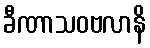
ခီဏာသဝဗလာနိ